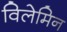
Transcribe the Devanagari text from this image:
विलेमिन